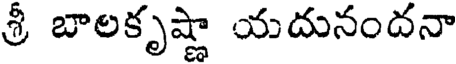
శ్రీ బాలకృష్ణా యదునందనా